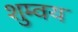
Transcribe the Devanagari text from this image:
शुम्वय